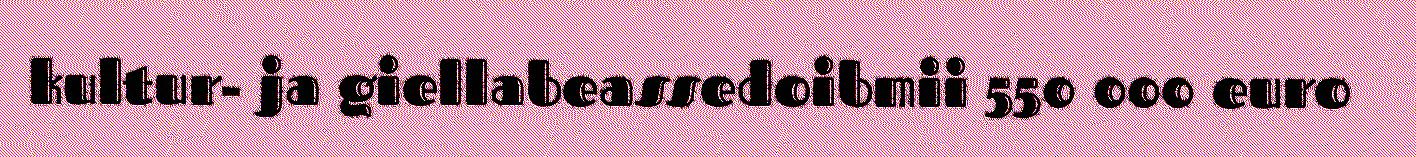
kultur- ja giellabeassedoibmii 550 000 euro